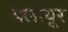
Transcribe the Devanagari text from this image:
पलायूर